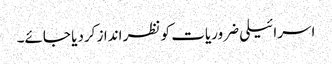
اسرائیلی ضروریات کو نظر انداز کردیا جائے۔